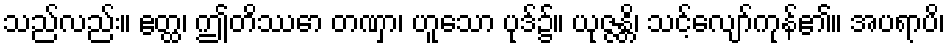
သည်လည်း။ ဧတ္ထ၊ ဤတိဿော တဏှာ၊ ဟူသော ပုဒ်၌။ ယုဇ္ဇန္တိ၊ သင့်လျော်ကုန်၏။ အပရာပိ၊